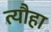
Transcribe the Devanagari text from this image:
त्यौहा